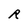
Character: R